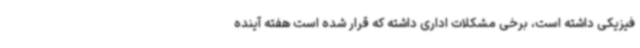
فیزیکی داشته است، برخی مشکلات اداری داشته که قرار شده است هفته آینده